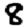
Digit: 8